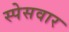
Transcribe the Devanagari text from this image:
स्पेसवार